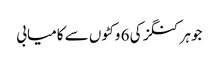
جوہر کنگز کی 6 وکٹوں سے کامیابی